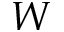
W